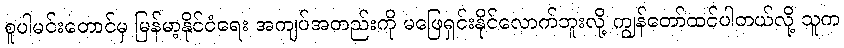
စူပါမင်းတောင်မှ မြန်မာ့နိုင်ငံရေး အကျပ်အတည်းကို မဖြေရှင်းနိုင်လောက်ဘူးလို့ ကျွန်တော်ထင်ပါတယ်လို့ သူက